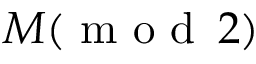
M ( \mathrm { ~ m ~ o ~ d ~ } \, 2 )